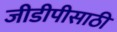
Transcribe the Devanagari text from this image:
जीडीपीसाठी